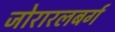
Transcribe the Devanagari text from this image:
जोरारलबर्ग